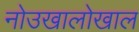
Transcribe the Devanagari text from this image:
नोउखालोखाल